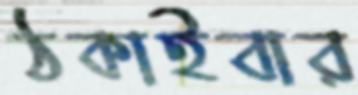
ঠকাইবার